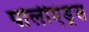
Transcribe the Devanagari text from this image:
पोलीएंड्रस